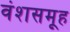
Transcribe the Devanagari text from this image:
वंशसमूह